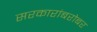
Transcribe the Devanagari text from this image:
सरकारांबरोबर